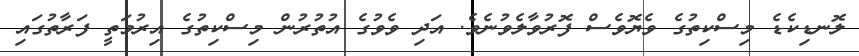
ލޮނޑިކެޑެ މިސްކިތުގެ ވެޔޮވެސް ފޮރުވާލެވުނެވެ. އަދި ވެވުގެ އުތުރުން މިސްކިތުގެ އިރުމަތީ ފަރާތުގައި